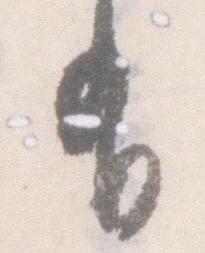
有